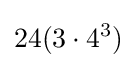
24(3\cdot 4^{3})